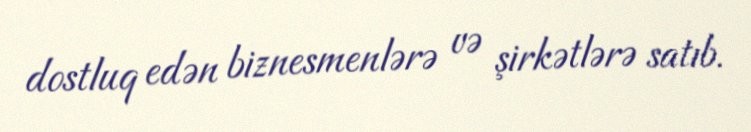
dostluq edən biznesmenlərə və şirkətlərə satıb.